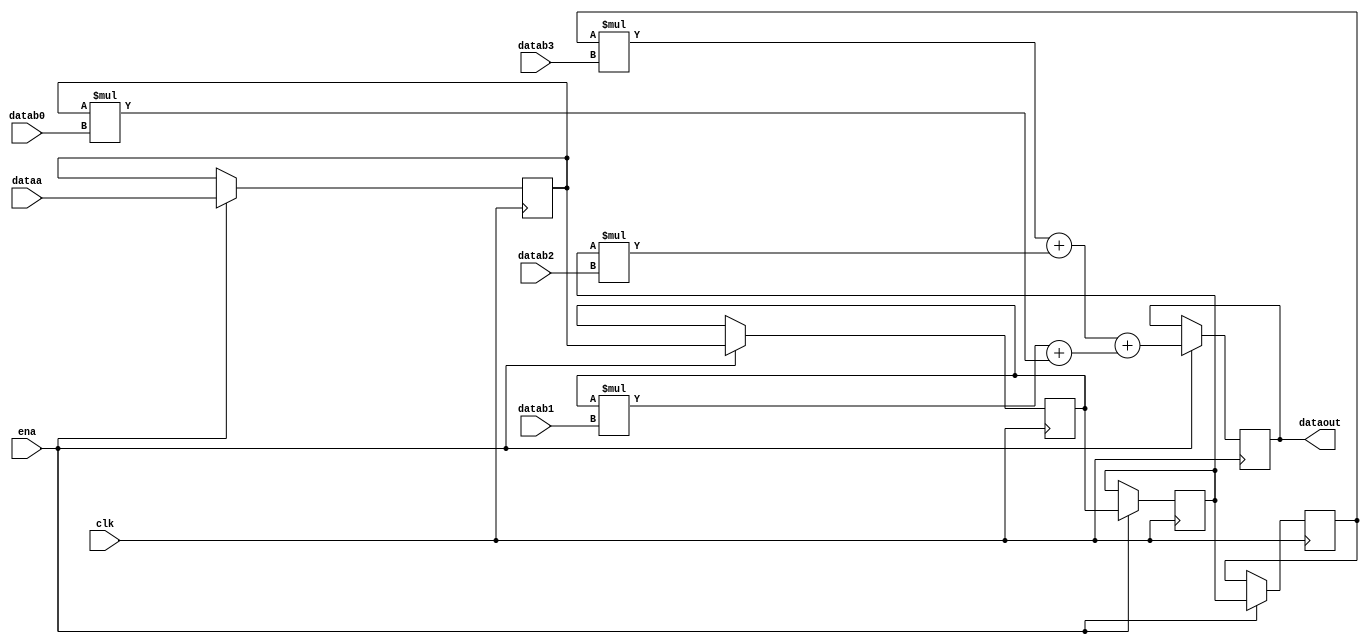
// Quartus II Verilog Template
// Sum of four multipliers in scan chain mode

module sum_of_four_multipliers_scan_chain
#(parameter WIDTH=18)
(
	input clk, ena,
	input [WIDTH-1:0] dataa, 
	input [WIDTH-1:0] datab0, datab1, datab2, datab3,
	output reg [2*WIDTH+1:0] dataout
);

	// Four scan chain registers
	reg [WIDTH-1:0] a0, a1, a2, a3;

	always @ (posedge clk)
	begin
		if (ena == 1)
		begin

			// The scan chain (which mimics the behavior of a shift register)
			a0 <= dataa;
			a1 <= a0;
			a2 <= a1;
			a3 <= a2;

			// The order of the operands is important for correct inference
			dataout <= (a3 * datab3 + a2 * datab2) + (a1 * datab1 + a0 * datab0);
		end
	end
endmodule